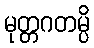
မုတ္တဂတမ္ပိ